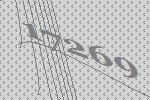
17269